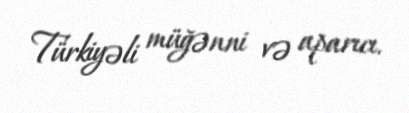
Türkiyəli müğənni və aparıcı.